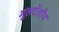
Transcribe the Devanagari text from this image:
मूलदेशीय